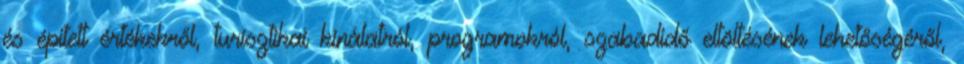
és épített értékekről, turisztikai kínálatról, programokról, szabadidő eltöltésének lehetőségéről,